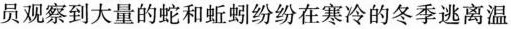
员观察到大量的蛇和蚯蚓纷纷在寒冷的冬季逃离温